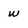
Character: w